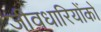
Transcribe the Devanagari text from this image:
जीवधारियोंको